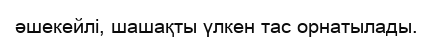
әшекейлі, шашақты үлкен тас орнатылады.